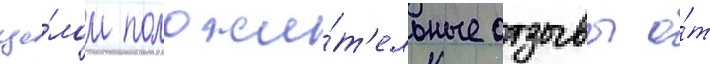
це́лом положи́т'ельные отзывы о́т